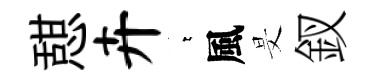
憇卉萋風旻釵